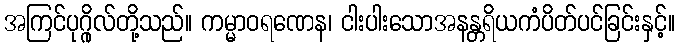
အကြင်ပုဂ္ဂိုလ်တို့သည်။ ကမ္မာဝရဏေန၊ ငါးပါးသောအနန္တရိယကံပိတ်ပင်ခြင်းနှင့်။